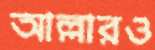
আল্লারও